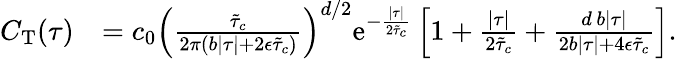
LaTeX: \begin{array}{rl}{C_{\mathrm{T}}(\tau)}&{=c_{0}\left(\frac{\tilde{\tau}_{c}}{2\pi\left(b\lvert\tau\rvert+2\epsilon\tilde{\tau}_{c}\right)}\right)^{d/2}\mathrm{e}^{-\frac{\lvert\tau\rvert}{2\tilde{\tau}_{c}}}\left[1+\frac{\lvert\tau\rvert}{2\tilde{\tau}_{c}}+\frac{d\, b\lvert\tau\rvert}{2b\lvert\tau\rvert+4\epsilon\tilde{\tau}_{c}}\right].}\end{array}